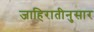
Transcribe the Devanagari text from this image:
जाहिरातीनुसार